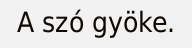
A szó gyöke.